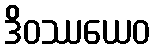
ဒိဝဿယေဝ